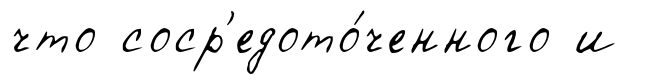
что соср'едото́ченного и